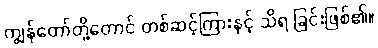
ကျွန်တော်တို့တောင် တစ်ဆင့်ကြားနှင့် သိရ ခြင်းဖြစ်၏။